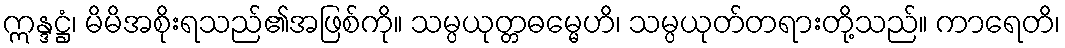
ဣန္ဒဋ္ဌံ၊ မိမိအစိုးရသည်၏အဖြစ်ကို။ သမ္ပယုတ္တဓမ္မေဟိ၊ သမ္ပယုတ်တရားတို့သည်။ ကာရေတိ၊